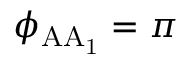
\phi _ { \mathrm { A A _ { 1 } } } = \pi